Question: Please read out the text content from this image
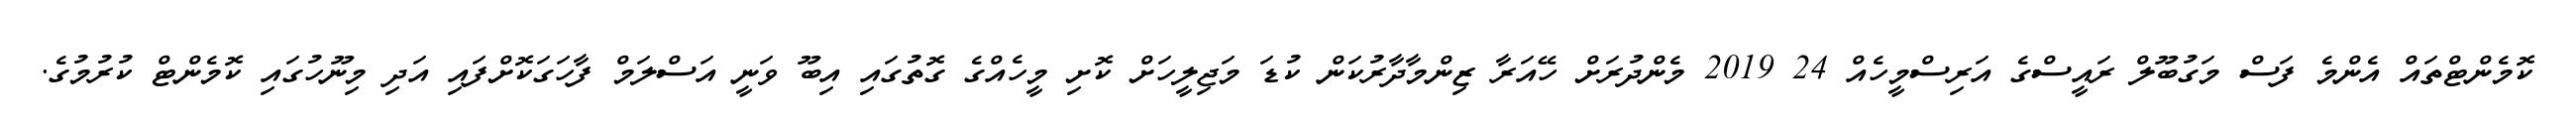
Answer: ކޮމެންޓްތައް އެންމެ ފަސް މަގުބޫލް ރައީސްގެ އަރިސްމީހެއް 24 2019 މެންދުރަށް ހޭއަރާ ޒިންމާދާރުކަން ކުޑަ މަޖިލީހަށް ކޮށި މީހެއްގެ ގޮތުގައި އިބޫ ވަނީ އަސްލަމް ފާހަގަކޮށްފައި އަދި މިނޫހުގައި ކޮމެންޓް ކުރުމުގެ.